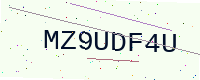
Text: MZ9UDF4U